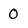
Character: 0